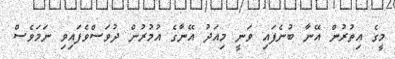
މީގެ އިތުރުން އޭނާ ބުނެފައި ވަނީ މިއަދު އޭނާގެ އުމުރުން ދުވަސްވެފައިވި ނަމަވެސް